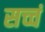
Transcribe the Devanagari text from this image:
सच्चं